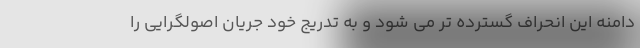
دامنه این انحراف گسترده تر می شود و به تدریج خود جریان اصولگرایی را